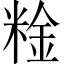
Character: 𥺻